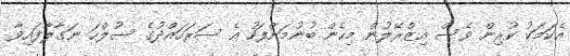
އެކަމަކު ކުރިން ވެސް އިޒްރޭލުން މިހެން ބުނުމަށްފަހު އެ ސަރަހައްދުގެ ސުލްހަ ނަގާލާފައިވާ